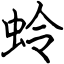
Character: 蛉